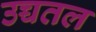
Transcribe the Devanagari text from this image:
उच्चतल